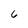
Character: 6